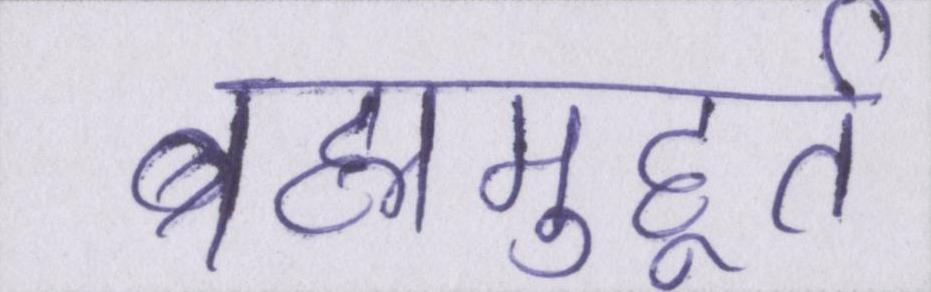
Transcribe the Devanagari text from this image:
ब्रह्ममुहूर्त